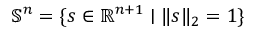
\mathbb { S } ^ { n } = \{ s \in \mathbb { R } ^ { n + 1 } \mid \| s \| _ { 2 } = 1 \}